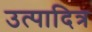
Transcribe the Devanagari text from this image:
उत्पादित्र